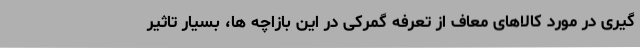
گیری در مورد کالاهای معاف از تعرفه گمرکی در این بازاچه ها، بسیار تاثیر